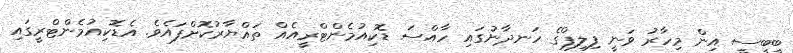
ބީބީސީ އިން މިހާރު ވަނީ ފިލިޕްގެ ހަނދާނުގައި ހާއްސަ ޑޮކިއުމެންޓްރީއެއް ތައްޔާރުކޮށްފައެވެ. އެޑޮކިއުމެންޓްރީގައި